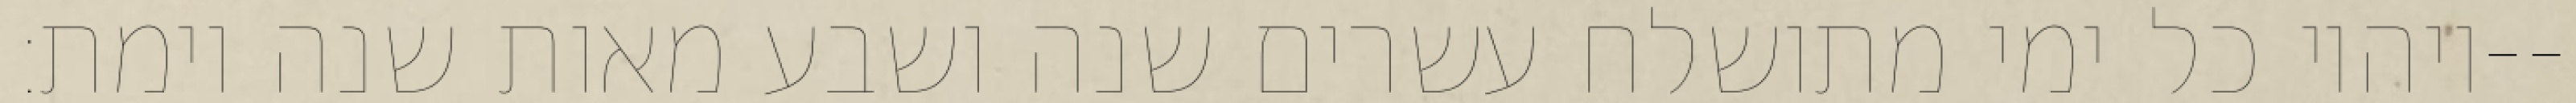
ויהיו כל ימי מתושלח עשרים שנה ושבע מאות שנה וימת׃--